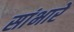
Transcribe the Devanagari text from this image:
सांभारे